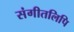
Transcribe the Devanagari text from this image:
संगीतलिपि